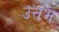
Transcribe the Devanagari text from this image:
उत्तंभ